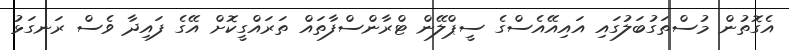
އެގޮތުން މުސްތަގުބަލުގައި އައިއޭއެސްގެ ސީޕްލޭން ޓްރާންސްފާތައް ތަރައްގީކޮށް އޭގެ ފައިދާ ވެސް ރަނގަޅު